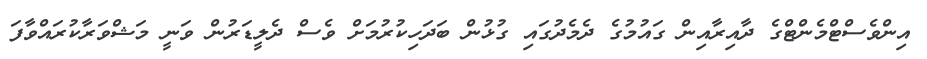
އިންވެސްޓްމެންޓްގެ ދާއިރާއިން ގައުމުގެ ދެމެދުގައި ގުޅުން ބަދަހިކުރުމަށް ވެސް ދެލީޑަރުން ވަނީ މަޝްވަރާކުރައްވާފަ